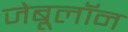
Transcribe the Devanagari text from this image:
जेबूलॉन